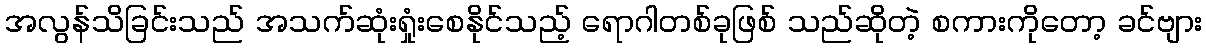
အလွန်သိခြင်းသည် အသက်ဆုံးရှုံးစေနိုင်သည့် ရောဂါတစ်ခုဖြစ် သည်ဆိုတဲ့ စကားကိုတော့ ခင်ဗျား